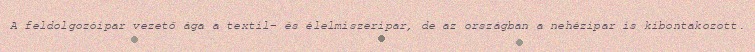
A feldolgozóipar vezető ága a textil- és élelmiszeripar, de az országban a nehézipar is kibontakozott.